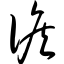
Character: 儋